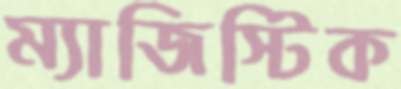
ম্যাজিস্টিক